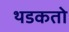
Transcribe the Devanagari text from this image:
थडकतो